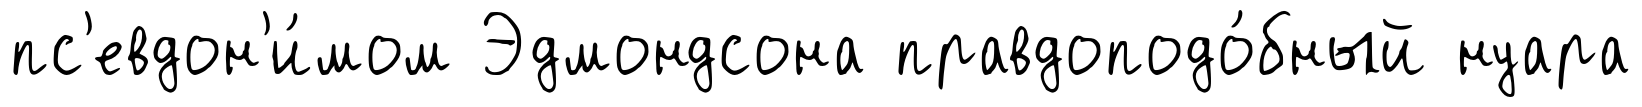
пс'евдон'и́мом Эдмондсона правдоподо́бный нуара